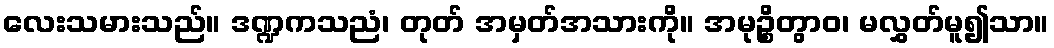
လေးသမားသည်။ ဒဏ္ဍကသညံ၊ တုတ် အမှတ်အသားကို။ အမုဉ္စိတွာဝ၊ မလွှတ်မူ၍သာ။